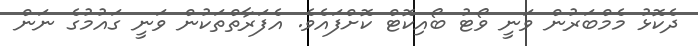
ދެކޮޅު މެމްބަރުން ވަނީ ވޯޓު ބޯއިކޮޓް ކޮށްފައެވެ. އެފަރާތްތަކުން ވަނީ ގައުމުގެ ނަން